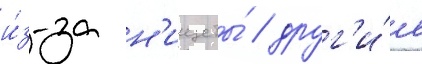
и́з-за н'ищеты́ / друг'и́е